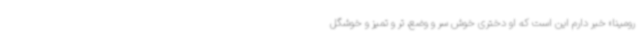
رومینا» خبر دارم این است که او دختری خوش‌ سر و وضع، تر و تمیز و خوشگل